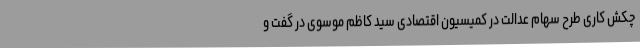
چکش کاری طرح سهام عدالت در کمیسیون اقتصادی سید کاظم موسوی در گفت و